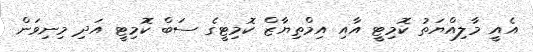
އެއީ މާލިއްޔަތު ކޮމިޓީ އާއި އިމްތިޔާޒް ކޮމިޓީގެ ސަބް ކޮމިޓީ އަދި މިނިވަން